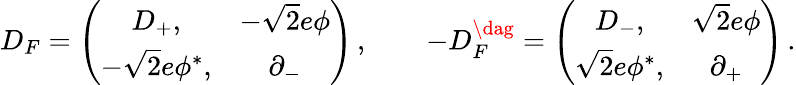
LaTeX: D_{F}=\left(\begin{array}{cc}{{D_{+},}}&{{-\sqrt{2}e\phi}}\\ {{-\sqrt{2}e\phi^{*},}}&{{\partial_{-}}}\end{array}\right)\, ,\qquad-D_{F}^{\dag}=\left(\begin{array}{cc}{{D_{-},}}&{{\sqrt{2}e\phi}}\\ {{\sqrt{2}e\phi^{*},}}&{{\partial_{+}}}\end{array}\right)\, .